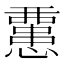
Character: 𢤏